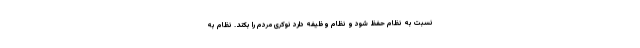
نسبت به نظام حفظ شود و نظام وظیفه دارد نوکری مردم را بکند. نظام به